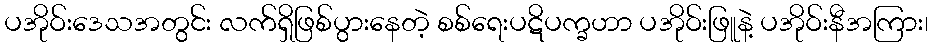
ပအိုဝ်းဒေသအတွင်း လက်ရှိဖြစ်ပွားနေတဲ့ စစ်ရေးပဋိပက္ခဟာ ပအိုဝ်းဖြူနဲ့ ပအိုဝ်းနီအကြား၊